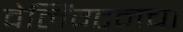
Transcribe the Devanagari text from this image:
वेलिंग्टनचा